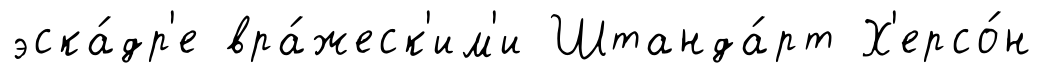
эска́др'е вра́жеск'им'и Штанда́рт Х'ерсо́н